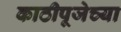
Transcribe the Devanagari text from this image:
काठीपूजेच्या